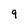
Character: 9